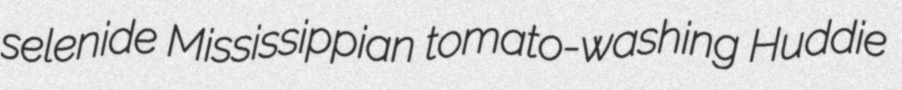
selenide Mississippian tomato-washing Huddie